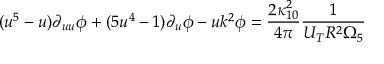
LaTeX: ( u ^ { 5 } - u ) \partial _ { u u } \phi + ( 5 u ^ { 4 } - 1 ) \partial _ { u } \phi - u k ^ { 2 } \phi = \frac { 2 \kappa _ { 1 0 } ^ { 2 } } { 4 \pi } \frac { 1 } { U _ { T } R ^ { 2 } \Omega _ { 5 } }